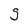
Character: S